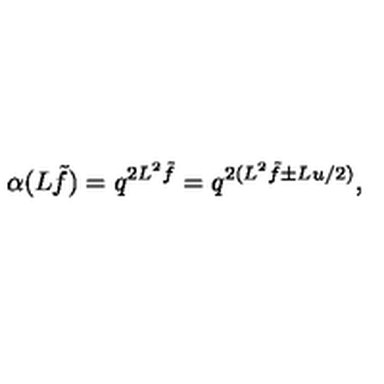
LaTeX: \alpha ( L \tilde { f } ) = q ^ { 2 L ^ { 2 } \tilde { f } } = q ^ { 2 ( L ^ { 2 } \tilde { f } \pm L u / 2 ) } ,